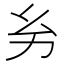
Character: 𢆲